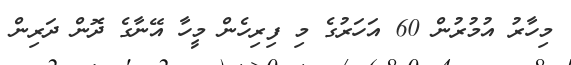
މިހާރު އުމުރުން 60 އަހަރުގެ މި ފިރިހެން މީހާ އޭނާގެ ދޮން ދަރިން